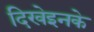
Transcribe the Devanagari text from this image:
दिखेइनके